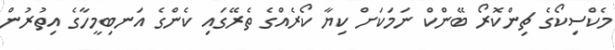
މެކްސިކޯގެ ޗިންކޮރޯ ބޭންކް ނަމަކަށް ކިޔާ ކޯރެއްގެ ތެރޭގައި ކެންގެ އަނބިމީހާގެ އިތުރުން